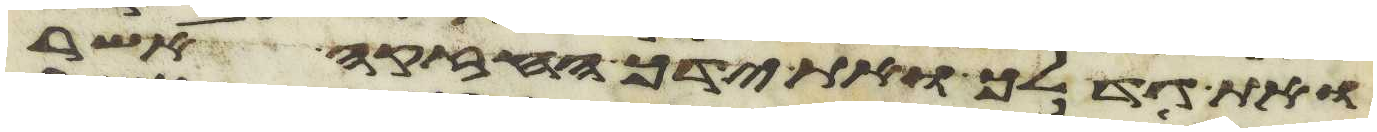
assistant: את גדלך ואת ידך החזקה אשר